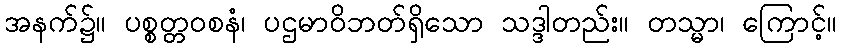
အနက်၌။ ပစ္စတ္တဝစနံ၊ ပဌမာဝိဘတ်ရှိသော သဒ္ဒါတည်း။ တသ္မာ၊ ကြောင့်။